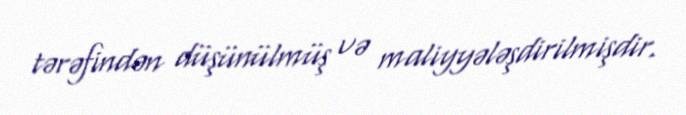
tərəfindən düşünülmüş və maliyyələşdirilmişdir.